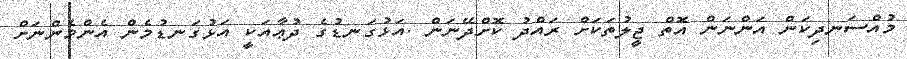
މުއްސަނދިކަން އަންނަން އޮތް ޖީލުތަކަށް ރައްދު ކޮށްދޭނަން .އަޅުގަނޑުގެ ދުޢާއަކީ އަޅުގަނޑުމެން އެންމެންނަށް